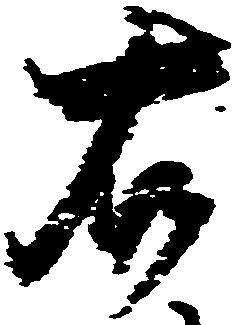
右